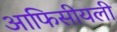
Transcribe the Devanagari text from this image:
आफिसीयली